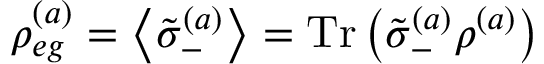
\rho _ { e g } ^ { ( a ) } = \left\langle \tilde { \sigma } _ { - } ^ { ( a ) } \right\rangle = \mathrm { T r } \left( \tilde { \sigma } _ { - } ^ { ( a ) } \rho ^ { ( a ) } \right)